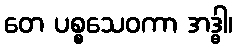
တေ ပစ္စသေဝကာ အဒ္ဓါ၊